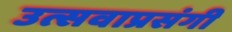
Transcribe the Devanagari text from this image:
उत्सवाप्रसंगी